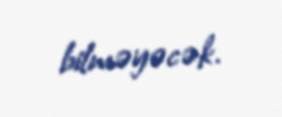
bilməyəcək.